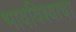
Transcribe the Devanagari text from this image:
भावविश्‍वाचा